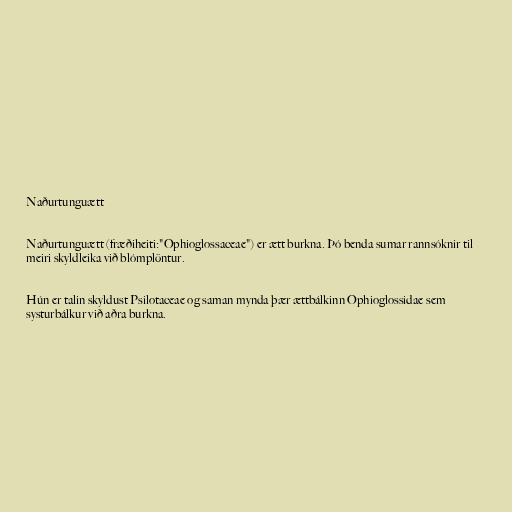
Naðurtunguætt

Naðurtunguætt (fræðiheiti:"Ophioglossaceae") er ætt burkna. Þó benda sumar rannsóknir til
meiri skyldleika við blómplöntur.

Hún er talin skyldust Psilotaceae og saman mynda þær ættbálkinn Ophioglossidae sem
systurbálkur við aðra burkna.